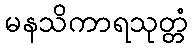
မနသိကာရသုတ္တံ